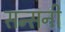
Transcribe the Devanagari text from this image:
सन्सनी